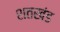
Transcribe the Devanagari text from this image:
शतखंड